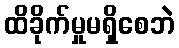
ထိခိုက်မှုမရှိစေဘဲ